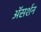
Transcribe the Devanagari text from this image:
अॅसर्शन